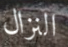
النزال